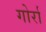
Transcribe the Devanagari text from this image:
गोर्रा